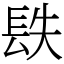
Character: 镻